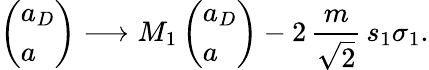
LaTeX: \left(\begin{array}{l}{{a_{D}}}\\ {{a}}\end{array}\right)\longrightarrow M_{1}\left(\begin{array}{l}{{a_{D}}}\\ {{a}}\end{array}\right)-2\, {\frac{m}{\sqrt{2}}}\, s_{1}\sigma_{1}.